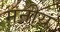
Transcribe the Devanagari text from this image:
मनीय